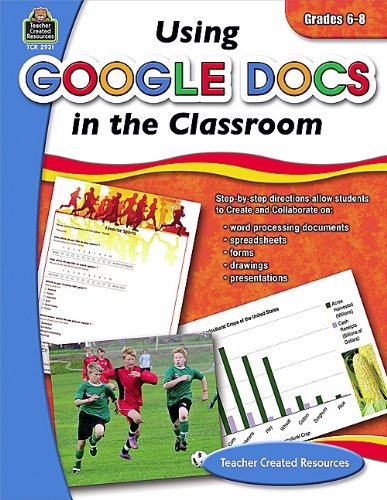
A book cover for Using Google Docs in the Classroom Grd 6-8; Steve Butz; Education & Teaching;